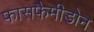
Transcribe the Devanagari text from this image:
फासफैमीडोन